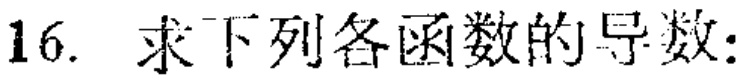
16. 求下列各函数的导数：